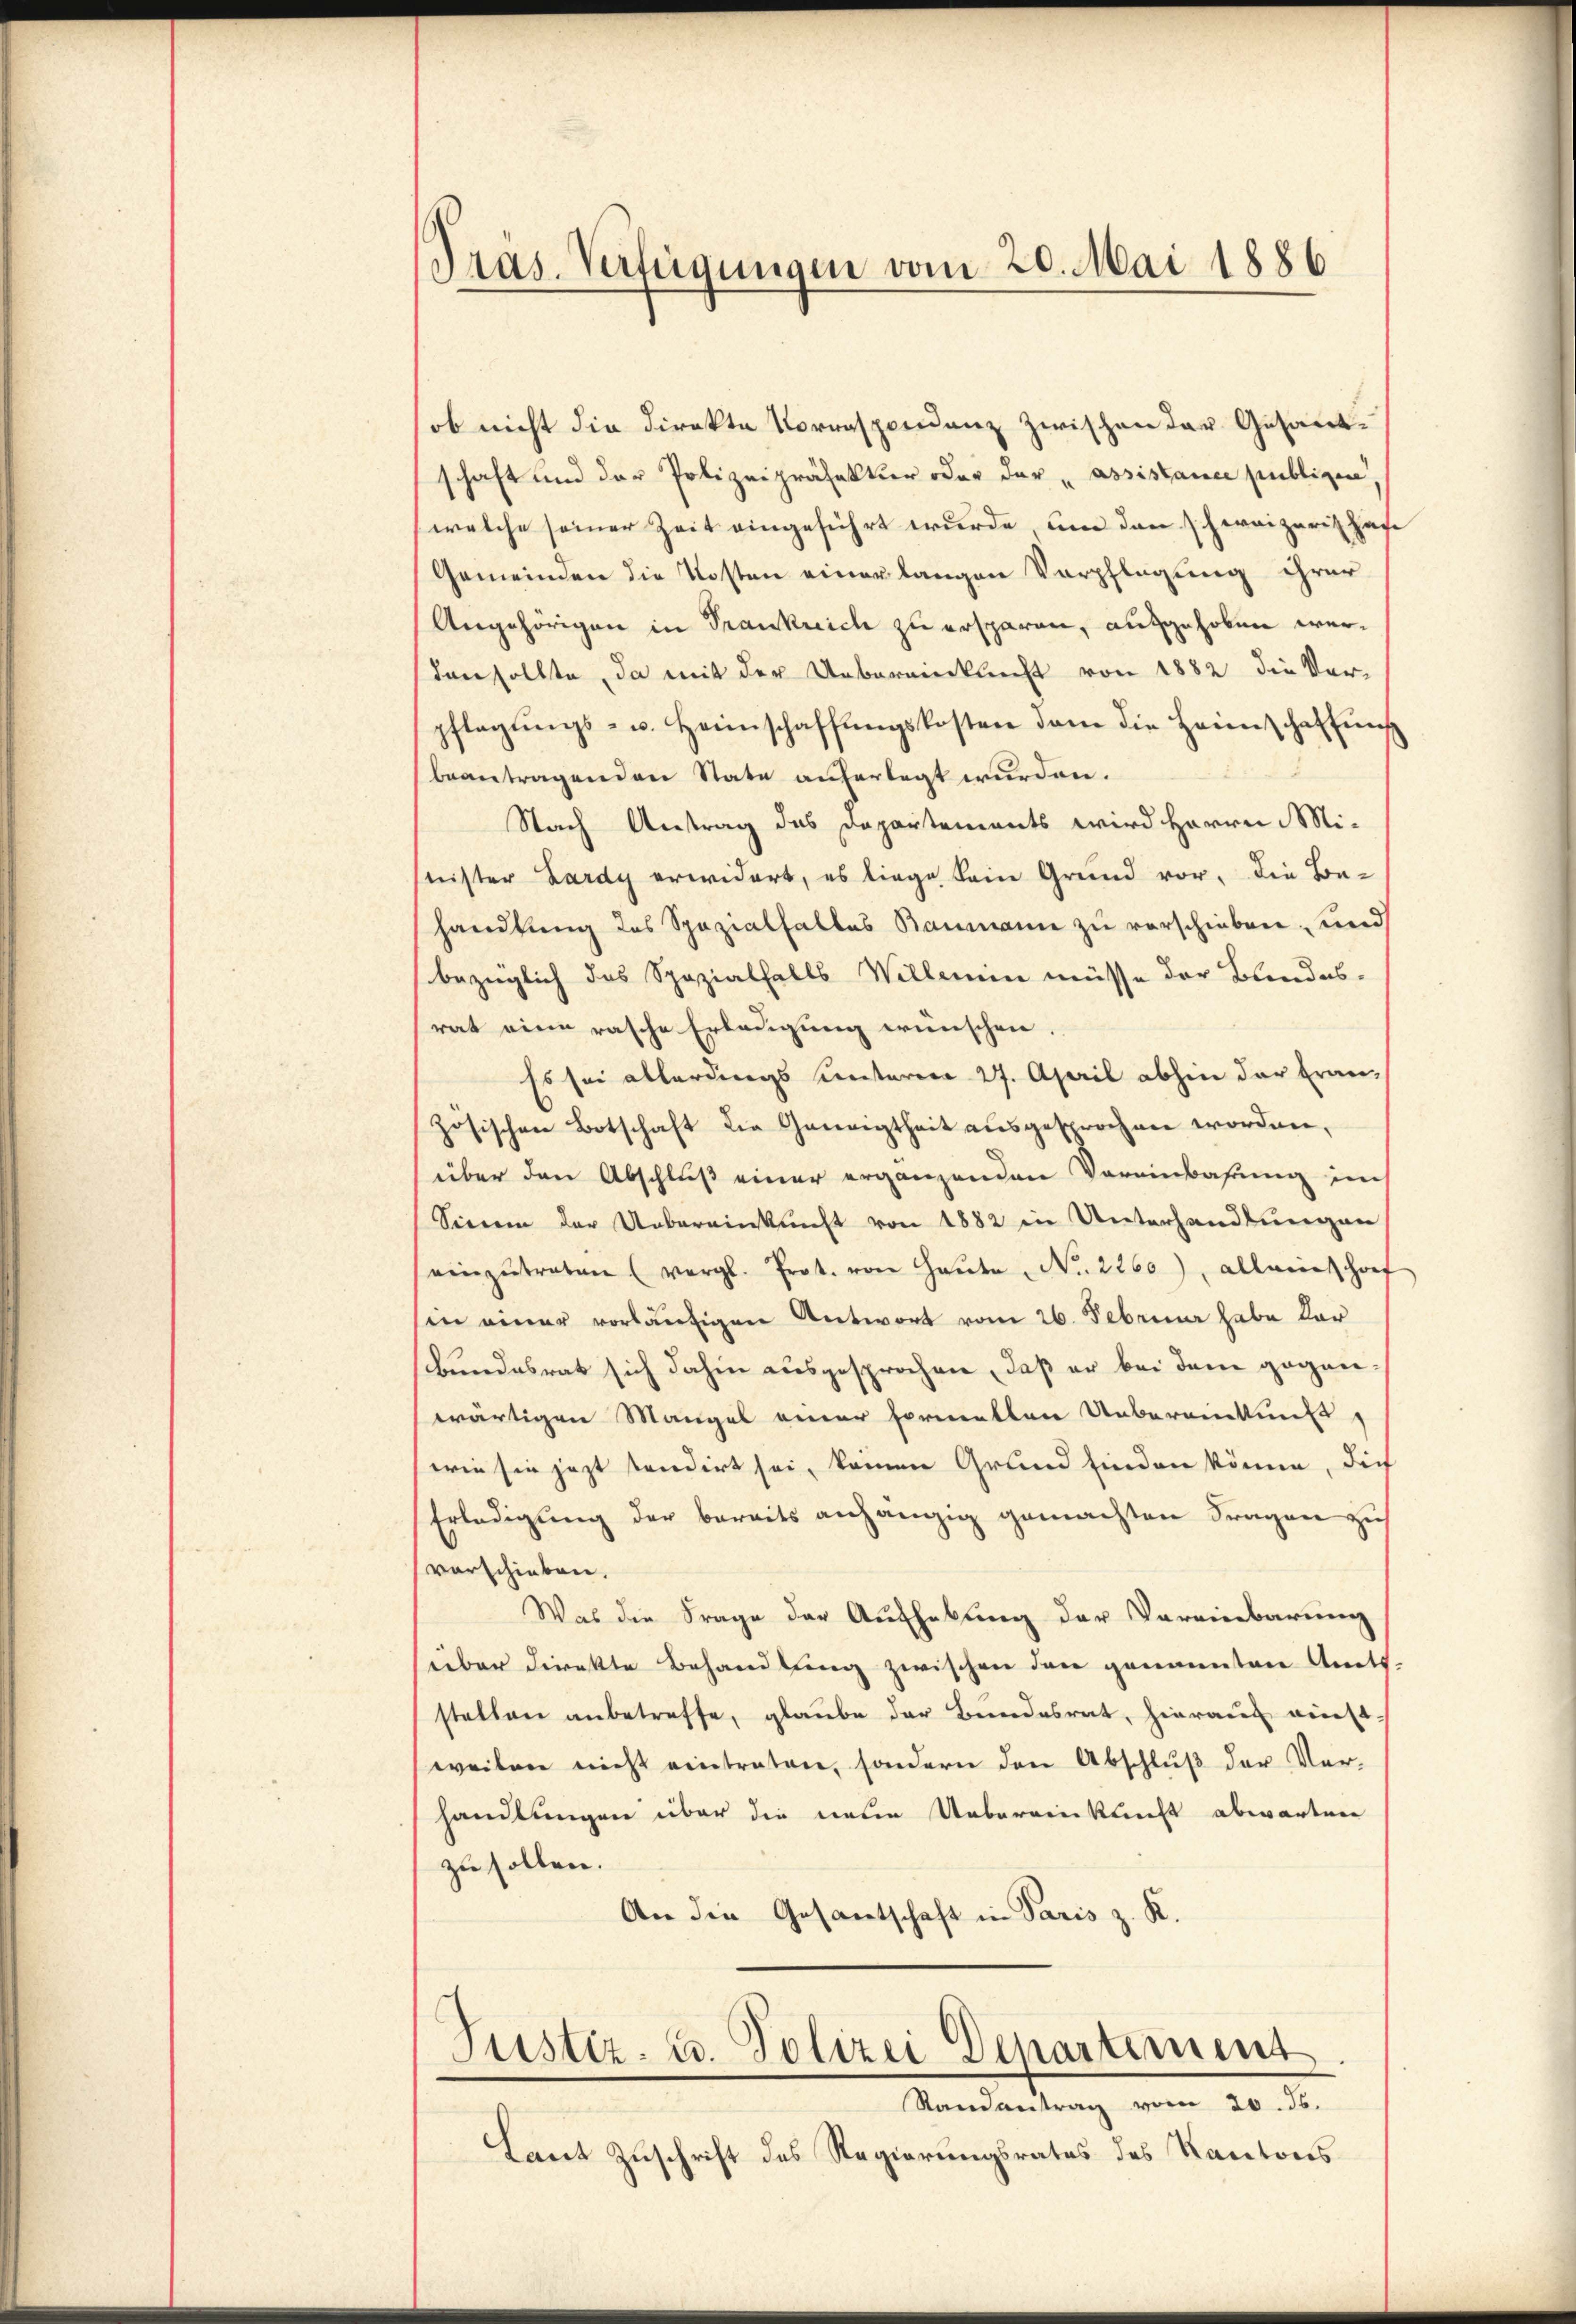
Präs. Verfügungen vom 20. Mai 1886

ob nicht die Direkte Vorrespondenz zwischen der Gesandtschaft und der Polizeipräsakter oder der „assistance publigen
(welche seiner Zeit eingeführt wurde, um den schweizeris Hafe
Gemeinden die Kosten einer langen Verpflegung ihrer
Angehörigen in Trankreich zu ersparen, aufgehoben werden sollte, da mit der Uebereinklicht von 1882 die Ver-
pflegŭngs- u. Heimschaffŭngskosten dem die Heimschaffung
beantragenden State auferlegt wurden.
Nach Antrag des Departements wird Herrn Minister Lardy erwidert, es liege kein Grund vor, die Behandlung des Spezialfalles Baumann zu verschieben, und
bezüglich das Spezialfalls Willen müsse der Bundesrat eine rasche Erleugung wünschen.
Es sei allerdings unteren 27. April abhin der fran-
zösischen Botschaft die Geneigtheit ausgesprochen worden,
über den Abschluß einer ergänzenden Vereinbahrung im
Sienen der Uebereinkunft von 1882 in Unterhandlungen
einzŭtraten (vergl. Prot. von Haŭte No. 2260), alleinshof
in einer vorläufigen Antwort vom 26. Februar habe dar
Bundesrat sich dahin ausgesprochen, daß er bei dem geganwärtigen Mangel einer formatten Uebereinkuns
wie sie jezt tendirt sei, keinen Grund finden könne, die
Erledigung der bereits anhängig gemachten Fragen zu
verschieben.
Was die Frage der Aufhebung der Vereinbarung
über direkte Behandlung zwischen den genannten Amts-
stellen anbetreffe, glaube der Bundesrat, hierauf einst-
weilen nicht eintraten, sondern den Abschluß der Ver-
handlungen über die neue Uebereinkunft abwarten
zu sollen.
An die Gesantschaft in Paris z. K.

Justiz- u. Polizei Departement

Randantrag vom 20. ds.
Laut Zuschrift des Regierungsrates des Kantons¬